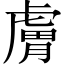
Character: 膚